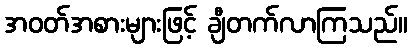
အဝတ်အစားများဖြင့် ချီတက်လာကြသည်။